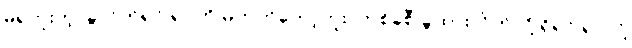
မရဘူးတဲ့၊ ခွဲလိုက်ရင် ရုပ်ကို မဟုတ်တော့ဘူး၊ တစ်ခုစီ ခွဲထားလိုက်လို့ ရှိရင် ရုပ်လို့